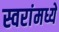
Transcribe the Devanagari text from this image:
स्वरांमध्ये